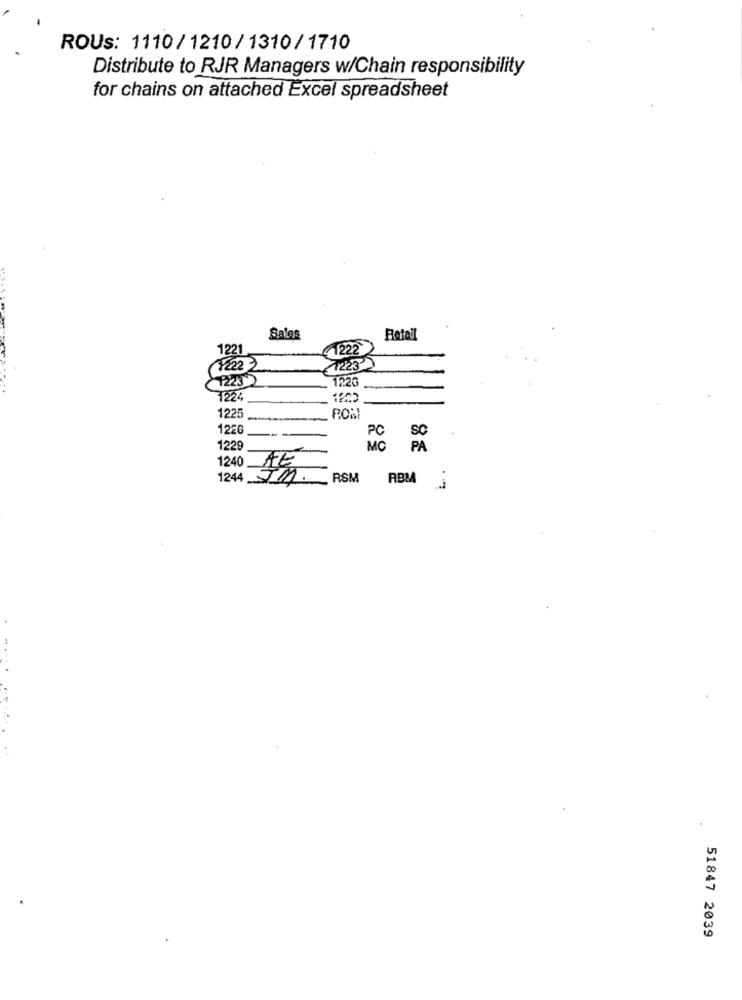
ROUS: 1110/ 1210/1310/1710
Distribute to RJR Managers w/Chain responsibility
for chains on attached Excel spreadsheet
Sales
Betal
1221
1222
1222 2
7223
1223
122
1224
1225
POM
126G
PC
1229
MC
1240
1244 JA.
RSM
ABM
51847 2039